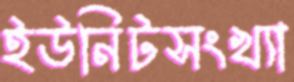
ইউনিটসংখ্যা